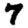
Digit: 7